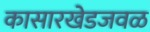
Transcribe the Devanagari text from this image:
कासारखेडजवळ